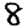
Digit: 8